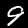
Label: 9